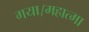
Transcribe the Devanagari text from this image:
गया।महात्मा